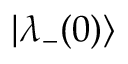
| \lambda _ { - } ( 0 ) \rangle